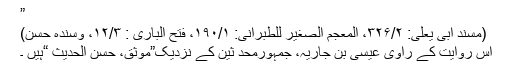
”
(مسند ابی یعلیٰ: ۳۲۶/۲، المعجم الصغیر للطبرانی: ۱۹۰/۱، فتح الباری : ۱۲/۳، وسندہ حسن)
اس روایت کے راوی عیسیٰ بن جاریہ، جمہورمحد ثین کے نزدیک”موثق، حسن الحدیث “ہیں ۔